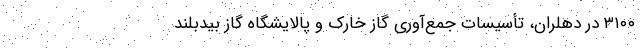
۳۱۰۰ در دهلران، تأسیسات جمع‌آوری گاز خارک و پالایشگاه گاز بیدبلند